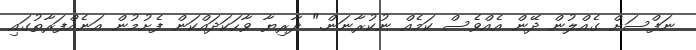
ނަފްސަށް ގެއްލުން ދޭން އެއްވެސް ކަމެއް ނުކުރާނަން." ދާރިޔާ ވާހަކަދައްކަން ފެށުމުން އަނެއްފަރާތުގައި